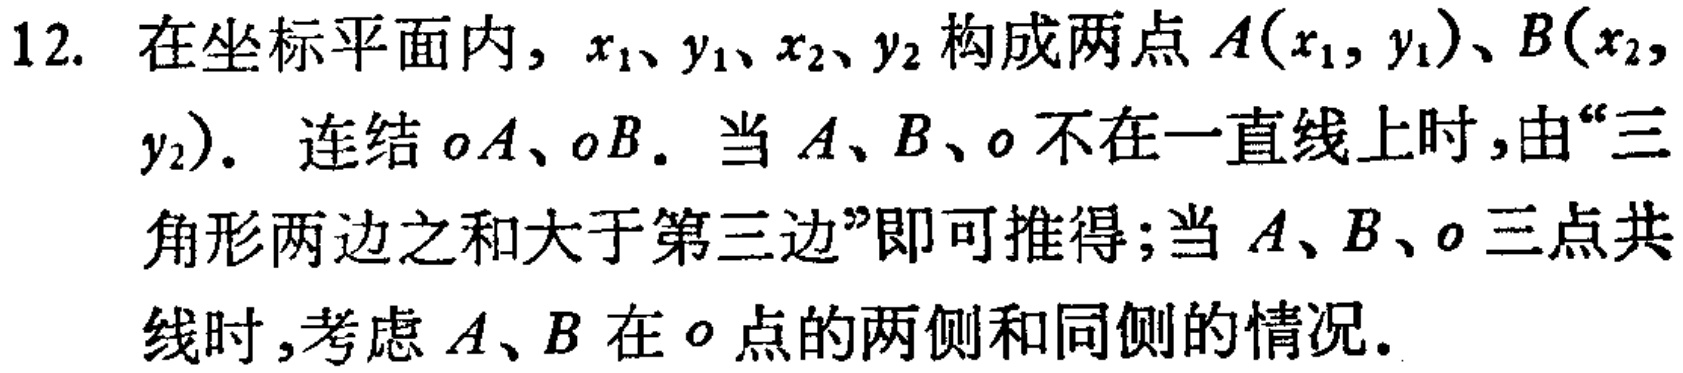
12. 在坐标平面内，$x_1$、$y_1$、$x_2$、$y_2$ 构成两点 $A(x_1, y_1)$、$B(x_2, y_2)$．连结 $OA$、$OB$．当 $A$、$B$、$O$ 不在一直线上时，由“三角形两边之和大于第三边”即可推得；当 $A$、$B$、$O$ 三点共线时，考虑 $A$、$B$ 在 $O$ 点的两侧和同侧的情况．